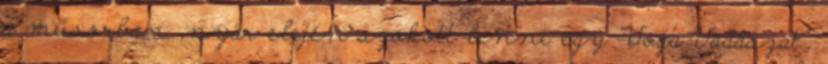
a műsorban ,nyár elején szokott lenni egy “Voga Vadászat”,